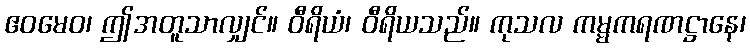
ဧဝမေဝ၊ ဤအတူသာလျှင်။ ဝီရိယံ၊ ဝီရိယသည်။ ကုသလ ကမ္မကရဏဋ္ဌာနေ၊